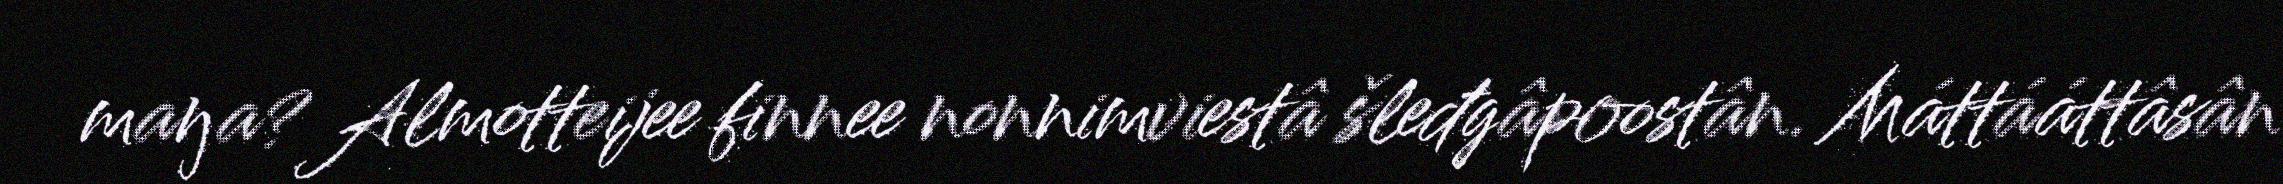
maŋa? Almotteijee finnee nonnimviestâ šleđgâpoostân. Máttááttâsân